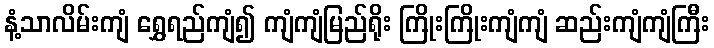
နံ့သာလိမ်းကျံ ရွှေရည်ကျံ၍ ကျံကျံမြည်ရိုး ကြိုးကြိုးကျံကျံ ဆည်းကျံကျံကြီး